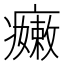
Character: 𱱬